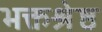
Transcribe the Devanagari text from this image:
भक्तश्रेष्ठ